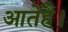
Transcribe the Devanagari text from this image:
आतेहै।